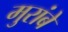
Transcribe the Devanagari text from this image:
मुरांबे